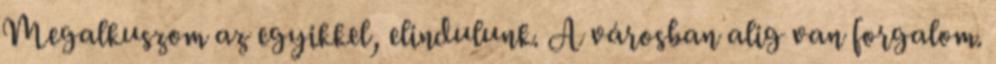
Megalkuszom az egyikkel, elindulunk. A városban alig van forgalom.